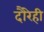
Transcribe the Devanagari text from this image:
दौरेही